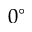
0 ^ { \circ }